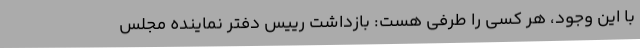
با این وجود، هر کسی را طَرْفی هست: بازداشت رییس دفتر نماینده مجلس